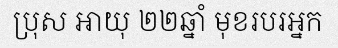
ប្រុស អាយុ ២២ឆ្នាំ មុខរបរអ្នក